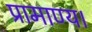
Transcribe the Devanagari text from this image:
प्रामाण्य।